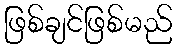
ဖြစ်ချင်ဖြစ်မည်